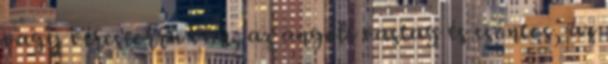
vagy vércseorra van, az angolé vastag és csontos, az